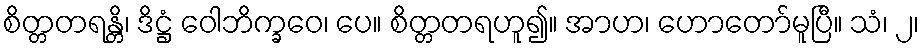
စိတ္တတရန္တိ၊ ဒိဋ္ဌံ ဝေါဘိက္ခဝေ၊ ပေ။ စိတ္တတရဟူ၍။ အာဟ၊ ဟောတော်မူပြီ။ သံ၊ ၂၊